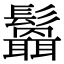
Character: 𩯻